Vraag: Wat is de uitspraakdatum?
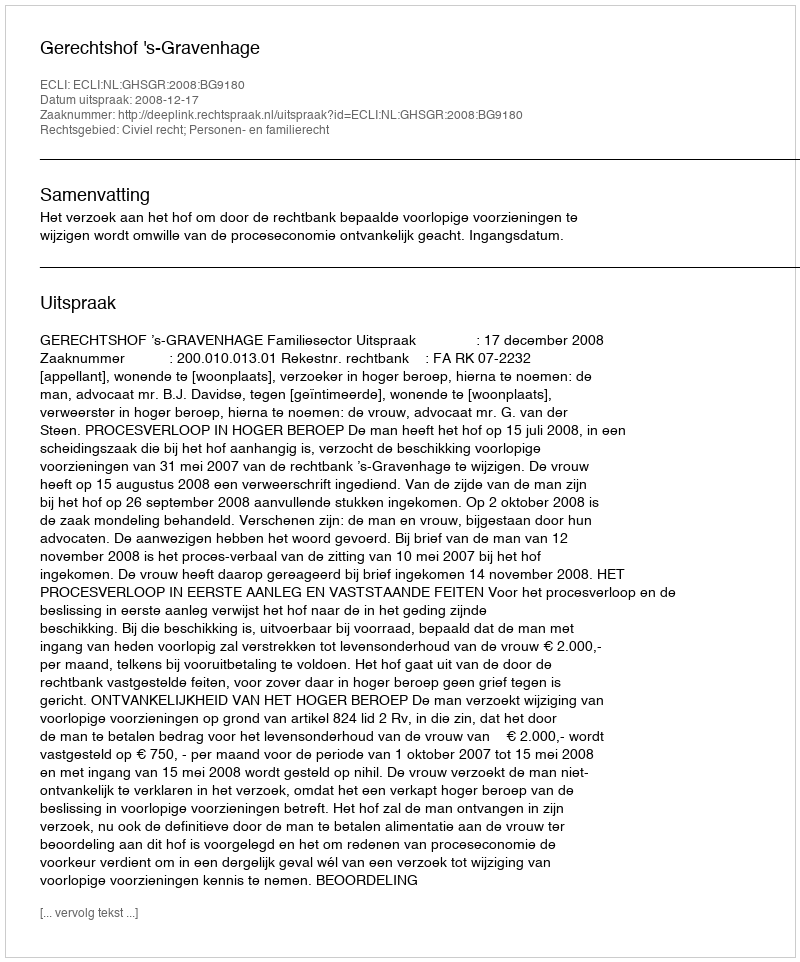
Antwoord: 2008-12-17